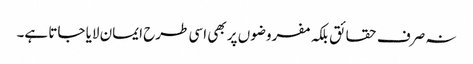
نہ صرف حقائق بلکہ مفروضوں پر بھی اسی طرح ایمان لایا جاتا ہے۔